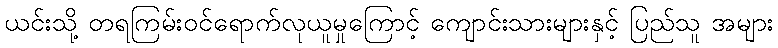
ယင်းသို့ တရကြမ်းဝင်ရောက်လုယူမှုကြောင့် ကျောင်းသားများနှင့် ပြည်သူ အများ